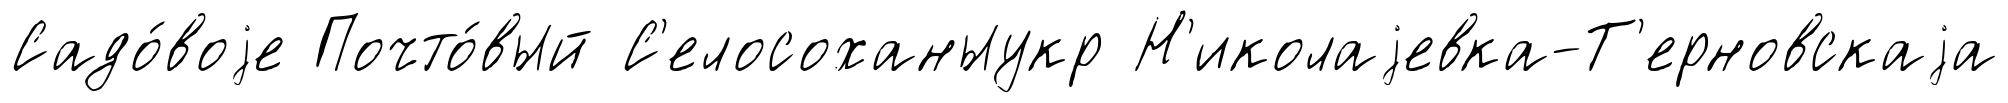
Садо́воjе Почто́вый С'елосоханыукр Н'иколаjевка-Т'ерновскаjа